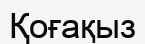
Қоғақыз